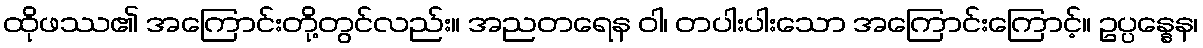
ထိုဖဿ၏ အကြောင်းတို့တွင်လည်း။ အညတရေန ဝါ၊ တပါးပါးသော အကြောင်းကြောင့်။ ဥပ္ပန္နေန၊